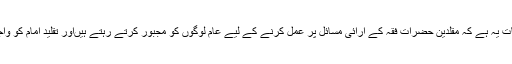
پھر افسوس کی بات یہ ہے کہ مقلدین حضرات فقہ کے آرائی مسائل پر عمل کرنے کے لیے عام لوگوں کو مجبور کرتے رہتے ہیںاور تقلید امام کو واجب سمجھتے ہیں۔